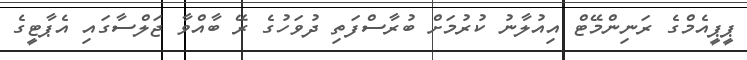
ޕީޕީއެމްގެ ރަނިންމޭޓް އިއުލާނު ކުރުމަށް ބުރާސްފަތި ދުވަހުގެ ރޭ ބާއްވާ ޖަލްސާގައި އެޕާޓީގެ